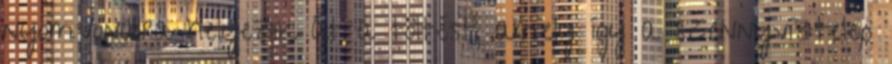
nyomvonalra helyezik át a töltést, amely így a szennyvíztelep